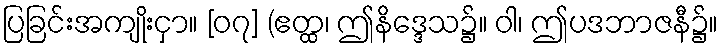
ပြခြင်းအကျိုးငှာ။ [၀၇] (ဧတ္ထ၊ ဤနိဒ္ဒေသ၌။ ဝါ၊ ဤပဒဘာဇနီ၌။